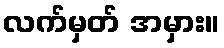
လက်မှတ် အမှား။